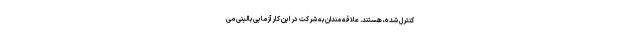
کنترل شده، هستند. علاقه مندان به شرکت در این کارآزمایی بالینی می